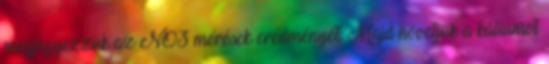
megjegyezzük az NO3 mérések eredményét. Majd növeljük a káliumot